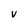
Character: v